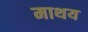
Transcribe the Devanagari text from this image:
माथय